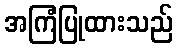
အကြံပြုထားသည်